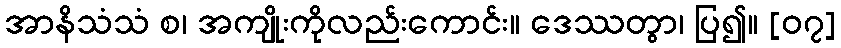
အာနိသံသံ စ၊ အကျိုးကိုလည်းကောင်း။ ဒေဿတွာ၊ ပြ၍။ [၀၇]